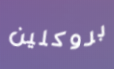
بروكلين